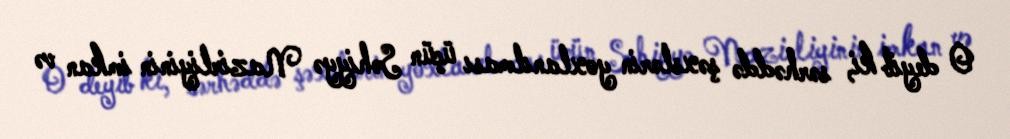
O deyib ki, sərhəddə şəxslərin yoxlanılması üçün Səhiyyə Nazirliyinin imkan və